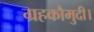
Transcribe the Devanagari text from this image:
ग्रहकौमुदी।